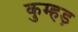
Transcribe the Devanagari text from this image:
कुम्हड़